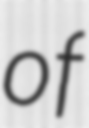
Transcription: of